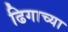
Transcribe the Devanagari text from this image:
ढिगाच्या